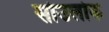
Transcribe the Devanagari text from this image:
सोउलोक